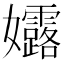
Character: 𮱛